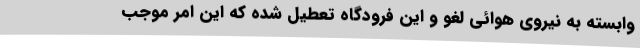
وابسته به نیروی هوائی لغو و این فرودگاه تعطیل شده که این امر موجب